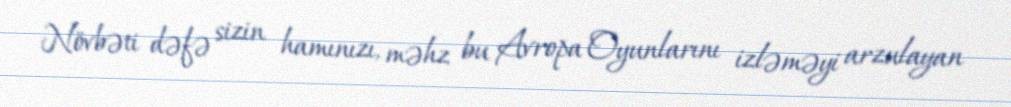
Növbəti dəfə sizin hamınızı, məhz bu Avropa Oyunlarını izləməyi arzulayan